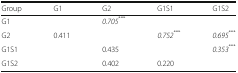
<table><thead><tr><td><b>Group</b></td><td><b>G1</b></td><td><b>G2</b></td><td><b>G1S1</b></td><td><b>G1S2</b></td></tr></thead><tbody><tr><td>G1</td><td></td><td><i>0.705</i><sup>***</sup></td><td></td><td></td></tr><tr><td>G2</td><td>0.411</td><td></td><td><i>0.752</i><sup>***</sup></td><td><i>0.695</i><sup>***</sup></td></tr><tr><td>G1S1</td><td></td><td>0.435</td><td></td><td><i>0.353</i><sup>***</sup></td></tr><tr><td>G1S2</td><td></td><td>0.402</td><td>0.220</td><td></td></tr></tbody></table>